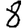
Digit: 8